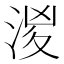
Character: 𣶧